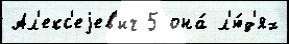
Ал'екс'еjев'ич 5 она́ л'ю́д'ях